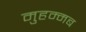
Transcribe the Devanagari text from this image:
मुहम्मब